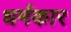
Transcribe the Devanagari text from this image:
धर्मकार